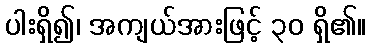
ပါးရှိ၍၊ အကျယ်အားဖြင့် ၃၀ ရှိ၏။